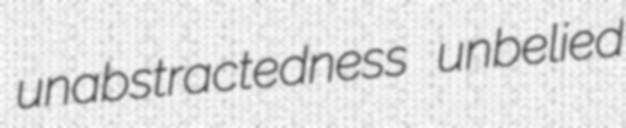
unabstractedness unbelied